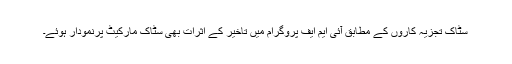
سٹاک تجزیہ کاروں کے مطابق آئی ایم ایف پروگرام میں تاخیر کے اثرات بھی سٹاک مارکیٹ پرنمودار ہوئے۔